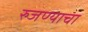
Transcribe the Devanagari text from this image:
रुजण्याचा